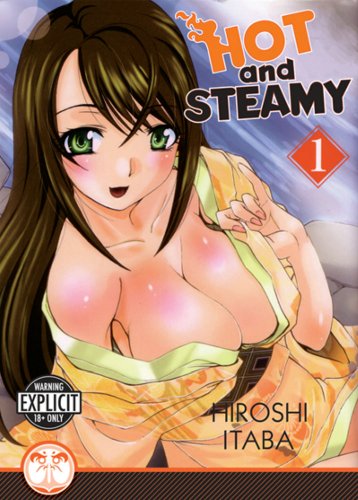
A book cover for Hot and Steamy Volume 1 (Hentai Manga) (Hot and Steamy Gn); Hiroshi Itaba; Comics & Graphic Novels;